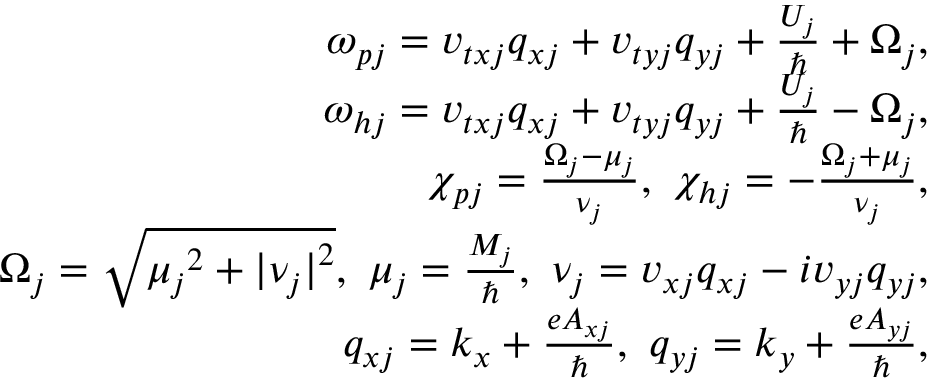
\begin{array} { r l r } & { } & { \omega _ { p j } = v _ { t x j } q _ { x j } + v _ { t y j } q _ { y j } + \frac { U _ { j } } { \hbar } + \Omega _ { j } , } \\ & { } & { \omega _ { h j } = v _ { t x j } q _ { x j } + v _ { t y j } q _ { y j } + \frac { U _ { j } } { \hbar } - \Omega _ { j } , } \\ & { } & { \chi _ { p j } = \frac { \Omega _ { j } - \mu _ { j } } { \nu _ { j } } , ~ \chi _ { h j } = - \frac { \Omega _ { j } + \mu _ { j } } { \nu _ { j } } , } \\ & { } & { \Omega _ { j } = \sqrt { { \mu _ { j } } ^ { 2 } + { \vert \nu _ { j } \vert } ^ { 2 } } , ~ \mu _ { j } = \frac { M _ { j } } { \hbar } , ~ \nu _ { j } = v _ { x j } q _ { x j } - i v _ { y j } q _ { y j } , } \\ & { } & { q _ { x j } = k _ { x } + \frac { e A _ { x j } } { \hbar } , ~ q _ { y j } = k _ { y } + \frac { e A _ { y j } } { \hbar } , } \end{array}